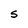
Character: S